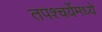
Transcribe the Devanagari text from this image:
तपश्चर्येमध्ये